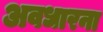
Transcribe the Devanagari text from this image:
अवधारना